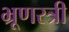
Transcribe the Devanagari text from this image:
भ्रूणस्त्री